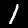
Digit: 1